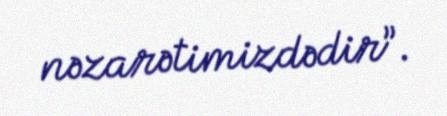
nəzarətimizdədir”.